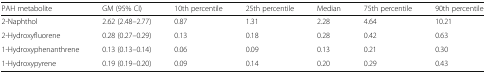
| PAH metabolite | GM (95% CI) | 10th percentile | 25th percentile | Median | 75th percentile | 90th percentile |
 | --- | --- | --- | --- | --- | --- | --- |
 | 2-Naphthol | 2.62 (2.48–2.77) | 0.87 | 1.31 | 2.28 | 4.64 | 10.21 |
 | 2-Hydroxyfluorene | 0.28 (0.27–0.29) | 0.13 | 0.18 | 0.28 | 0.42 | 0.63 |
 | 1-Hydroxyphenanthrene | 0.13 (0.13–0.14) | 0.06 | 0.09 | 0.13 | 0.21 | 0.30 |
 | 1-Hydroxypyrene | 0.19 (0.19–0.20) | 0.09 | 0.14 | 0.20 | 0.29 | 0.43 |